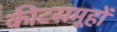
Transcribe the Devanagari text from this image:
कीटसमूहों